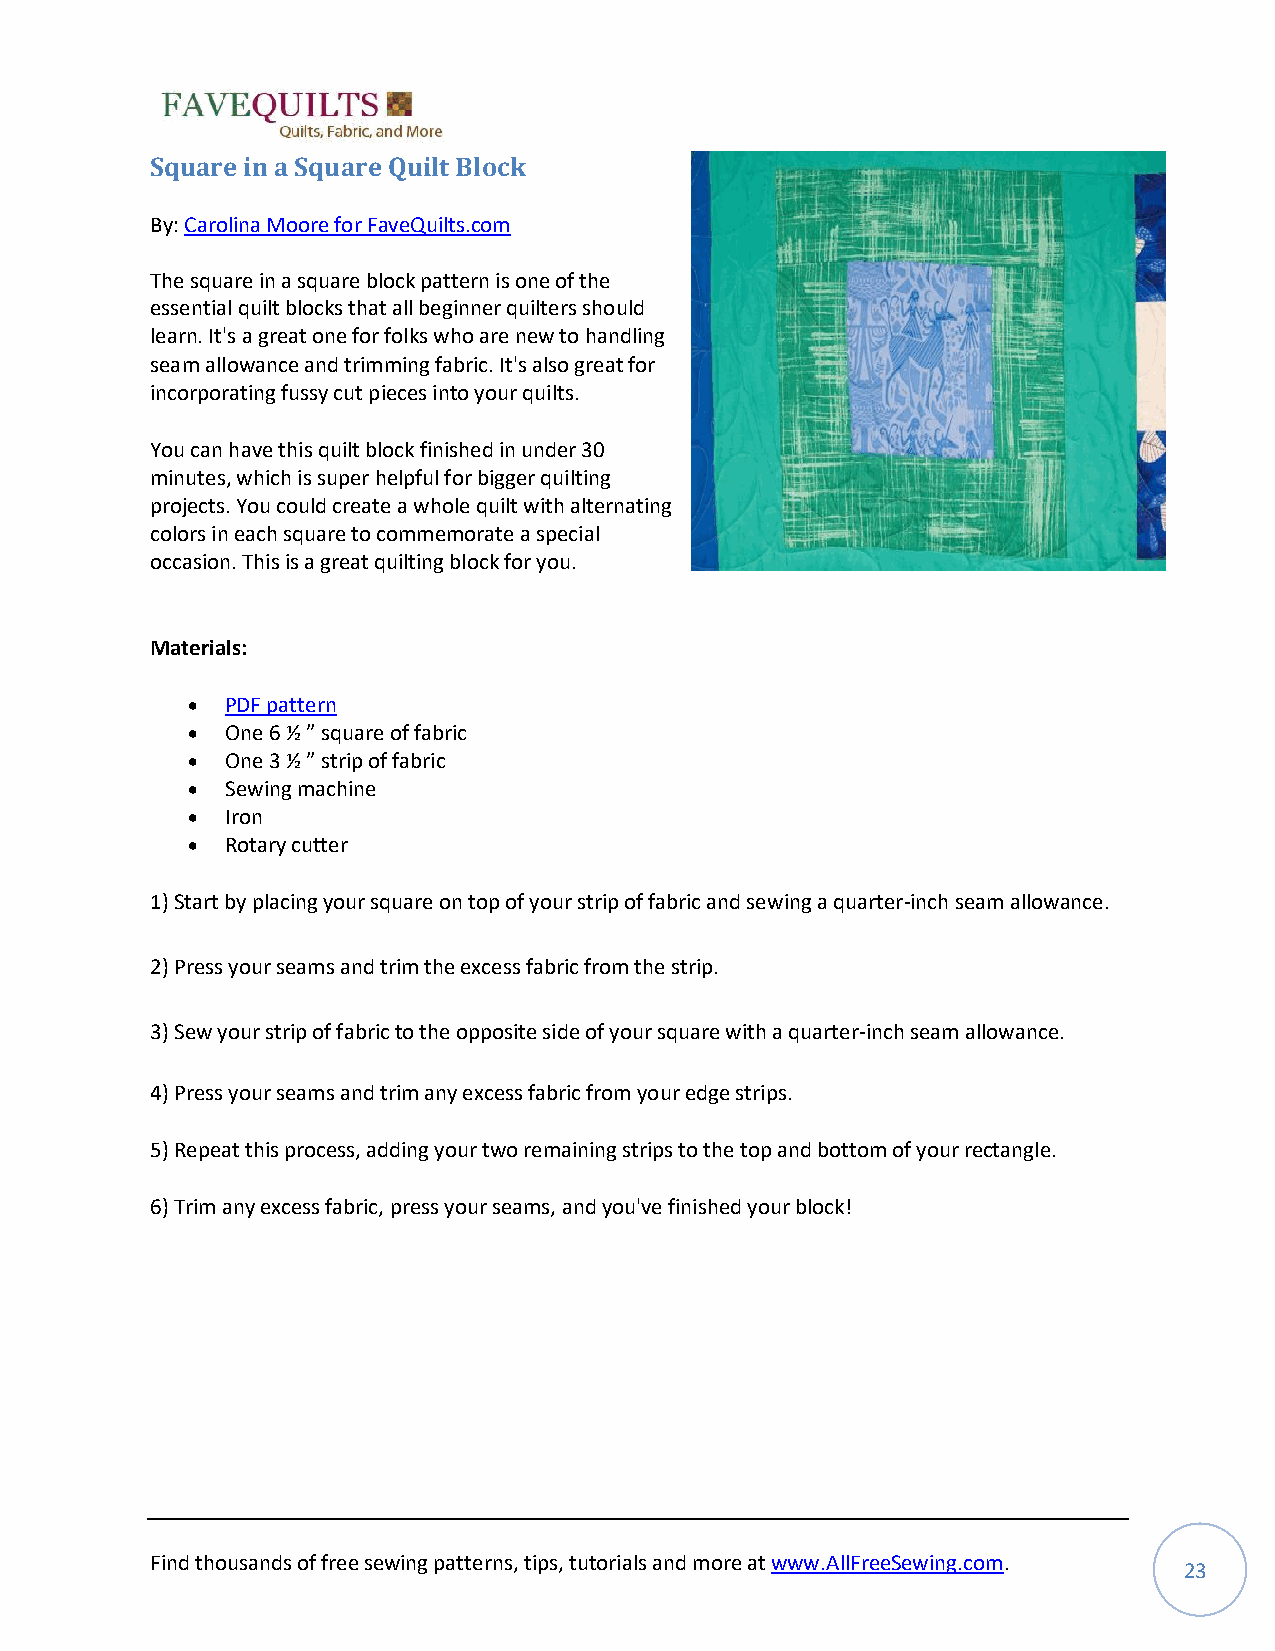
Square in a Square Quilt Block
 By: Carolina Moore for FaveQuilts.com
 The square in a square block pattern is one of the
 essential quilt blocks that all beginner quilters should
 learn. It's a great one for folks who are new to handling
 seam allowance and trimming fabric. It's also great for
 incorporating fussy cut pieces into your quilts.
 You can have this quilt block finished in under 30
 minutes, which is super helpful for bigger quilting
 projects. You could create a whole quilt with alternating
 colors in each square to commemorate a special
 occasion. This is a great quilting block for you.
 Materials:
 •  PDF pattern
 •  One 6 ½ ” square of fabric
 •  One 3 ½ ” strip of fabric
 •  Sewing machine
 •  Iron
 •  Rotary cutter
 1) Start by placing your square on top of your strip of fabric and sewing a quarter-inch seam allowance.
 2) Press your seams and trim the excess fabric from the strip.
 3) Sew your strip of fabric to the opposite side of your square with a quarter-inch seam allowance.
 4) Press your seams and trim any excess fabric from your edge strips.
 5) Repeat this process, adding your two remaining strips to the top and bottom of your rectangle.
 6) Trim any excess fabric, press your seams, and you've finished your block!
 Find thousands of free sewing patterns, tips, tutorials and more at www.AllFreeSewing.com.
 23